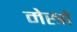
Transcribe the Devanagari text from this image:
मेस्त्रो